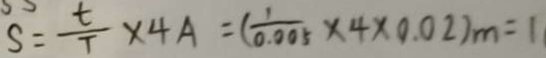
S = \frac { t } { T } \times 4 A = ( \frac { 1 } { 0 . 0 0 5 } \times 4 \times 0 . 0 2 ) _ { m } = 1